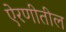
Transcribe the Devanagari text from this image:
ऐरणीतील